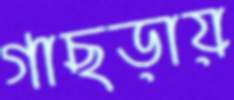
গাছড়ায়